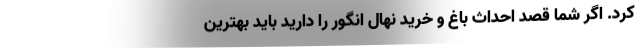
کرد. اگر شما قصد احداث باغ و خرید نهال انگور را دارید باید بهترین